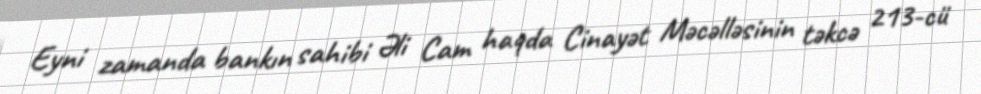
Eyni zamanda bankın sahibi Əli Cam haqda Cinayət Məcəlləsinin təkcə 213-cü